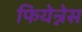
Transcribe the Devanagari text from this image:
फियेन्नेस